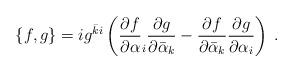
LaTeX: \begin{align*}\{f,g\}=ig^{\bar{k}i}\left(\frac{\partial f}{\partial\alpha}_{i}\frac{\partial g}{\partial\bar{\alpha}_{k}}-\frac{\partial f}{\partial\bar{\alpha}_{k}}\frac{\partial g}{\partial\alpha_{i}}\right)\:.\end{align*}